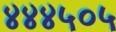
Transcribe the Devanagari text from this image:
४४४५०५